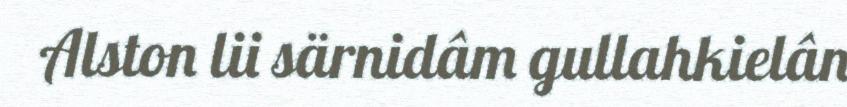
Alston lii särnidâm gullahkielân